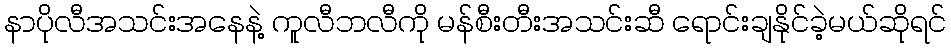
နာပိုလီအသင်းအနေနဲ့ ကူလီဘလီကို မန်စီးတီးအသင်းဆီ ရောင်းချနိုင်ခဲ့မယ်ဆိုရင်